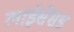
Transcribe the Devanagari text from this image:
लाईसेंसड